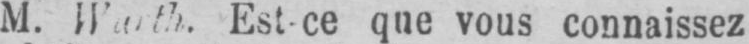
que vous connaissez